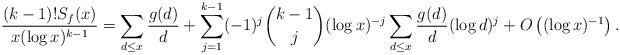
LaTeX: \begin{align*} \frac{(k-1)! S_f(x)}{x(\log x)^{k-1}} = \sum_{d\le x} \frac{g(d)}{d} + \sum_{j=1}^{k-1}(-1)^j \binom{k-1}{j} (\log x)^{-j} \sum_{d\le x} \frac{g(d)}{d} (\log d)^j + O\left((\log x)^{-1}\right).\end{align*}